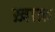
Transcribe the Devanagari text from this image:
ख़ाक़